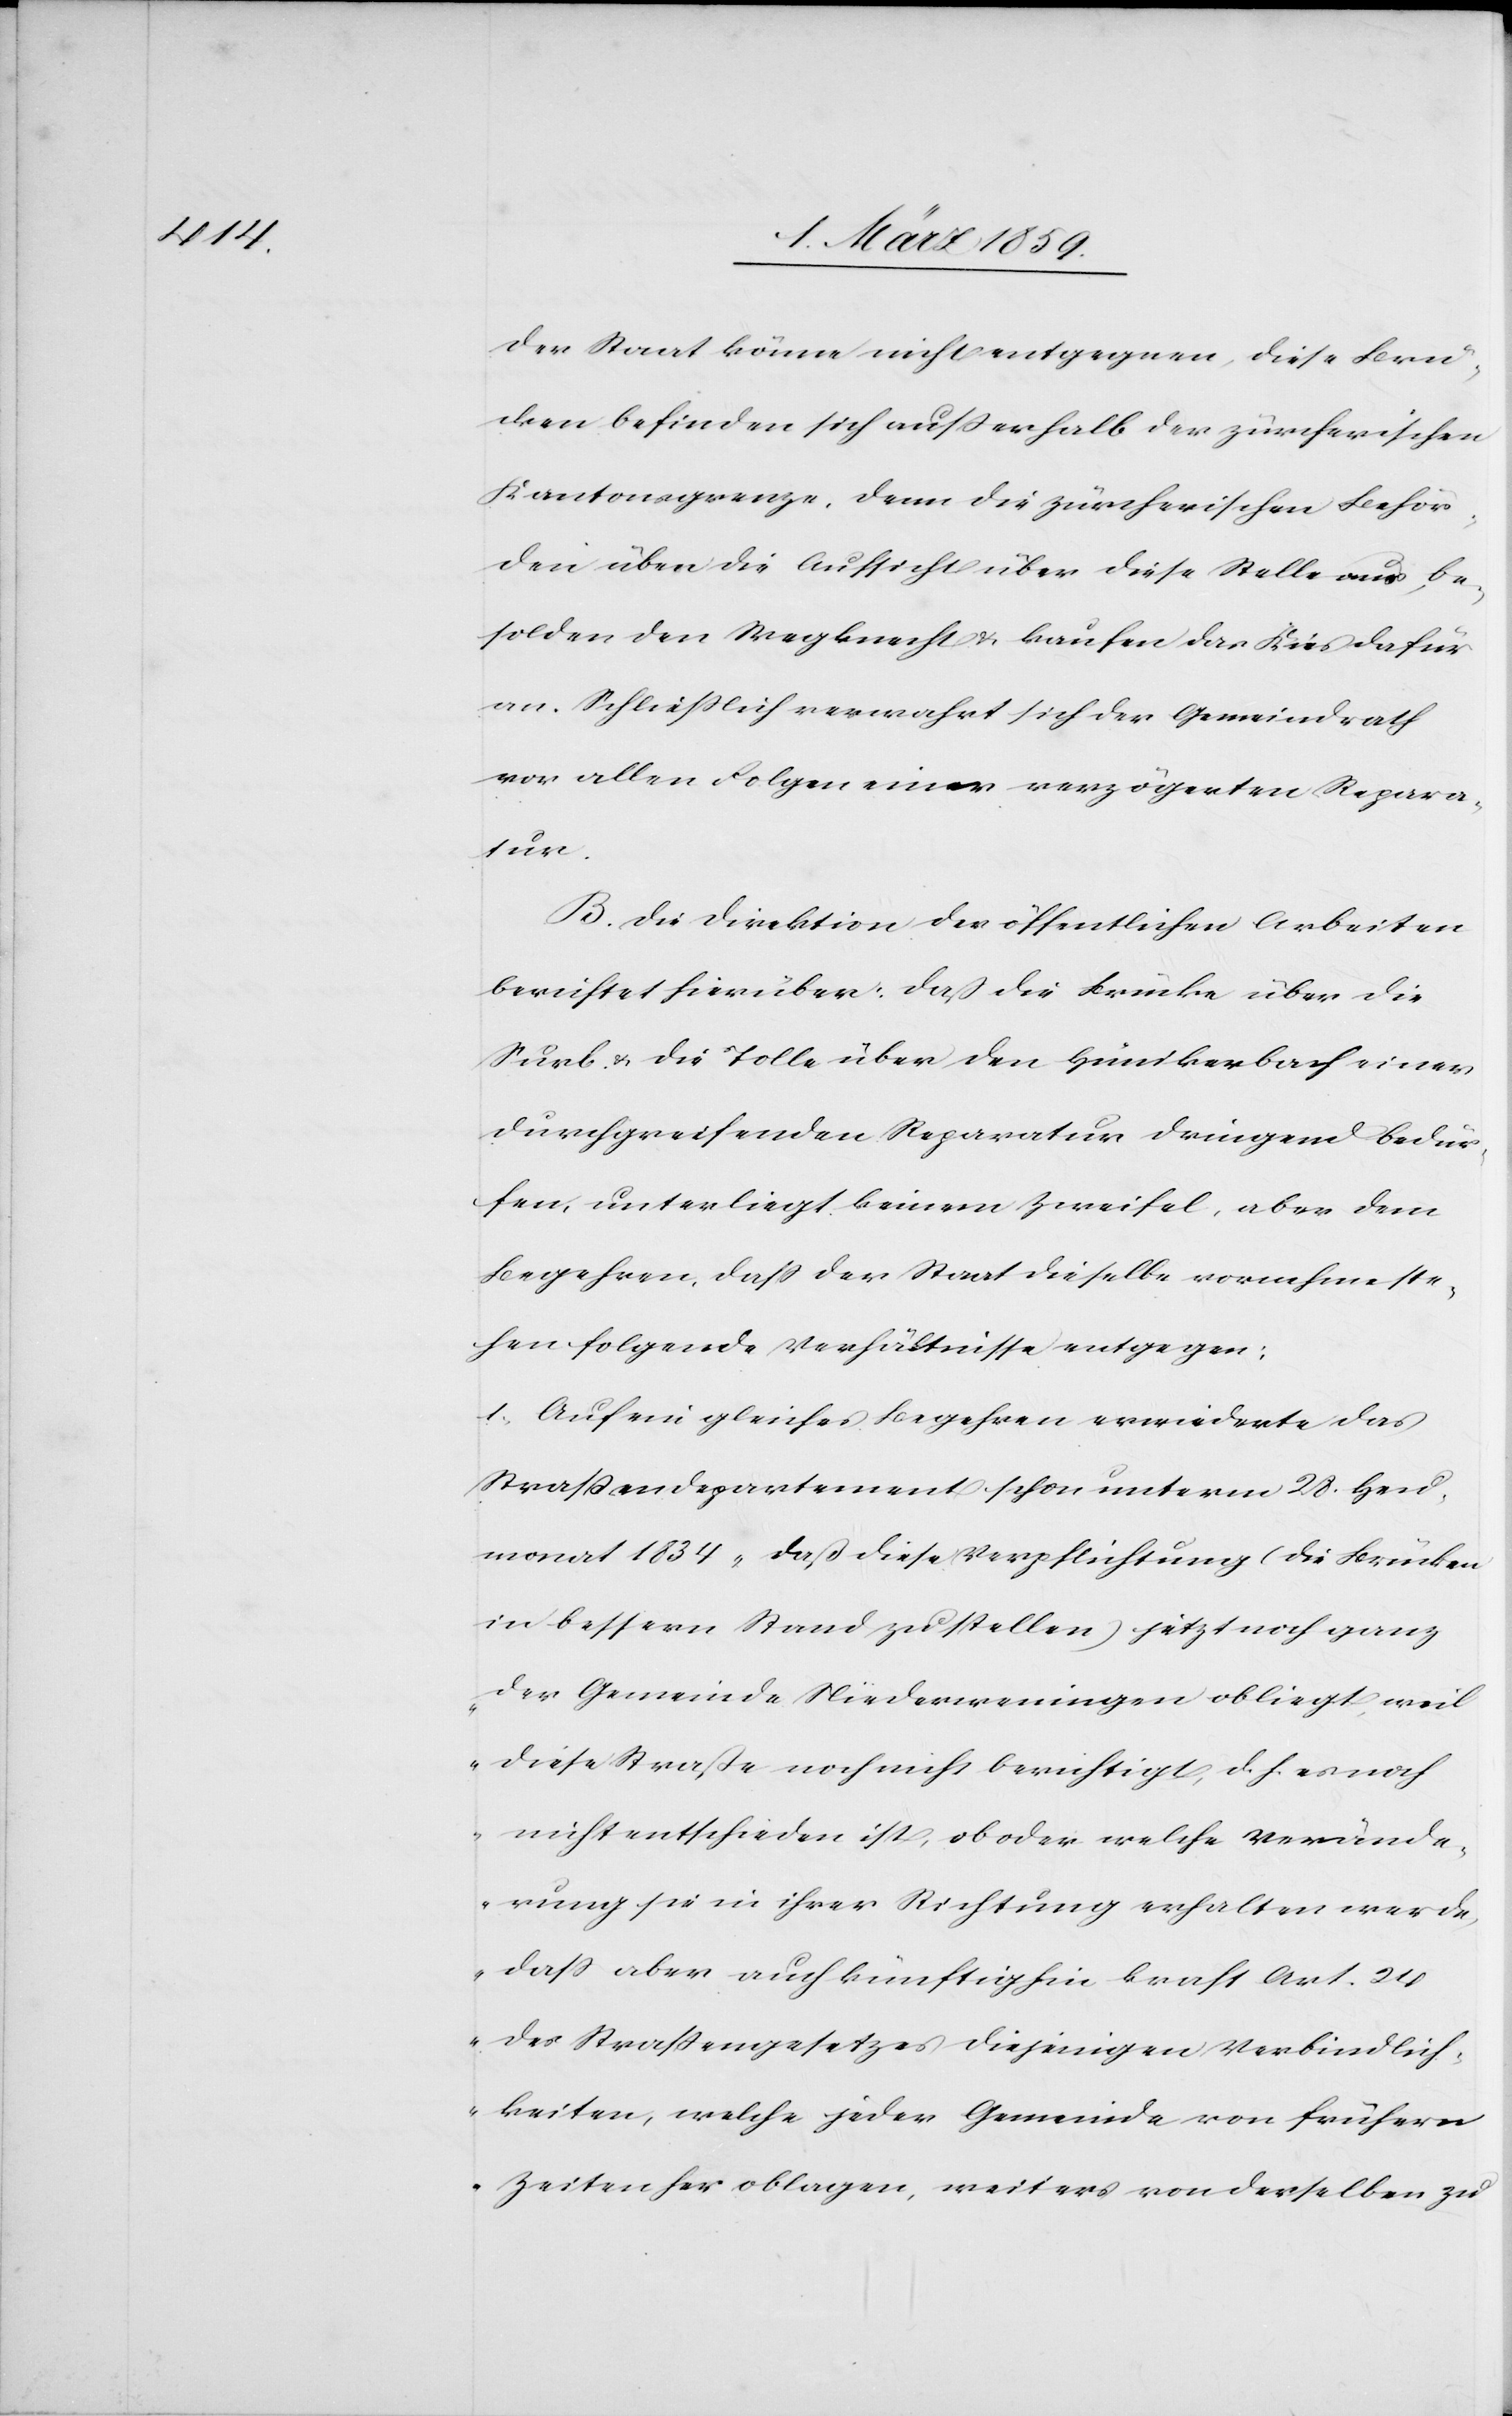
Der Staat könne nicht entgegnen, diese Brü¬
cken befinden sich außerhalb der zürcherischen
Kantonsgrenze, denn die zürcherischen Behör¬
den üben die Aufsicht über diese Stelle aus, be¬
solden den Wegknecht & kaufen das Kies dafür
an. Schließlich verwahrt sich der Gemeindrath
vor allen Folgen einer verzögerten Repara¬
tur.
B. Die Direktion der öffentlichen Arbeiten
berichtet hierüber: daß die Brücke über die
Surb & die Tolle über den Hünikerbach einer
durchgreifenden Reparatur dringend bedür¬
fen, unterliegt keinem Zweifel, aber dem
Begehren, daß der Staat dieselbe vornehme ste¬
hen folgende Verhältnisse entgegen:
1) Auf ein gleiches Begehren erwiederte das
Straßendepartement schon unterm 28. Heu¬
monat 1834 „daß diese Verpflichtung (die Brücken
in bessern Stand zu stellen) jetzt noch ganz
der Gemeinde Niederweningen obliegt, weil
diese Straße noch nicht berichtigt, d. h. es noch
nicht entschieden ist, ob oder welche Verände¬
rung sie in ihrer Richtung erhalten werde,
daß aber auch künftighin kraft Art. 24
des Straßengesetzes diejenigen Verbindlich¬
keiten, welche jeder Gemeinde von frühern
Zeiten her oblagen, weiters von derselben zu